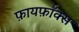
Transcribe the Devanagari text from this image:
फ़ायर्फ़ॉक्स